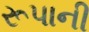
રૂપાની